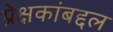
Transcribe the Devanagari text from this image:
प्रेक्षकांबद्दल